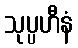
သုပ္ပဟီနံ